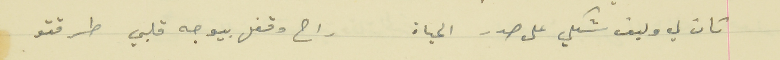
كان لي وليف شكلي على صدر الحياة                    راح وقفل بيوجه قلبي طرقتو